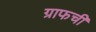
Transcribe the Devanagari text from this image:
ग्राफची